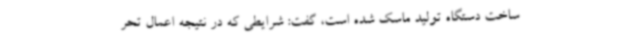
ساخت دستگاه تولید ماسک شده است، گفت: شرایطی که در نتیجه اعمال تحر